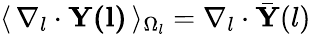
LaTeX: \langle\, \nabla_{l}\cdot\mathbf{Y(l)}\, \rangle_{\Omega_{l}}=\nabla_{l}\cdot\bar{\mathbf{Y}}(l)